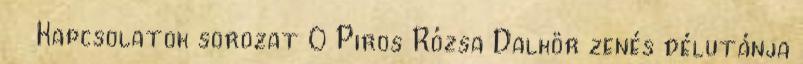
Kapcsolatok sorozat 0 Piros Rózsa Dalkör zenés délutánja